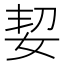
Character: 㛃